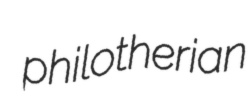
philotherian